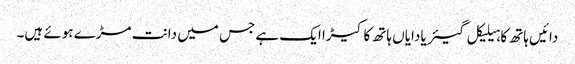
دائیں ہاتھ کا ہیلیکل گیئر یا دایاں ہاتھ کا کیڑا ایک ہے جس میں دانت مڑے ہوئے ہیں۔